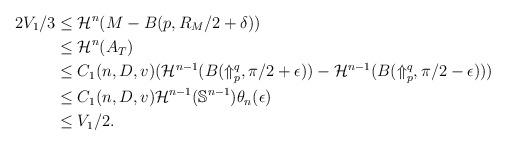
LaTeX: \begin{align*}2 V_1 / 3 &\le \mathcal H^n(M - B(p,R_M/2 + \delta)) \\&\le \mathcal H^n (A_T)\\&\le C_1(n,D,v) (\mathcal H^{n-1}(B(\Uparrow_p^q, \pi/2+\epsilon))-\mathcal H^{n-1}(B(\Uparrow_p^q, \pi/2-\epsilon))) \\&\le C_1(n,D,v) \mathcal H^{n-1}(\mathbb S^{n-1}) \theta_n(\epsilon) \\&\le V_1 /2. \end{align*}